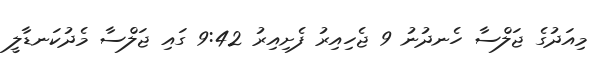
މިއަދުގެ ޖަލްސާ ހެނދުނު 9 ޖެހިއިރު ފެށިއިރު 9:42 ގައި ޖަލްސާ މެދުކަނޑާލީ